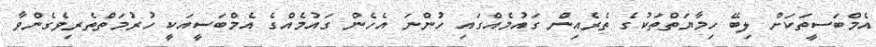
އެމްބަސީތަކަށް ލިބޭ ހިމާޔަތްތަކުގެ ތެރެއިން ގައުމެއްގައި ހުންނަ އެހެން ގައުމެއްގެ އެމްބަސީއަކީ ހުރުމަތްތެރިވެގެންވާ